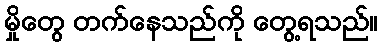
မှိုတွေ တက်နေသည်ကို တွေ့ရသည်။